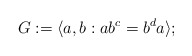
\begin{align*}G := \langle a, b : ab^c = b^da \rangle;\end{align*}